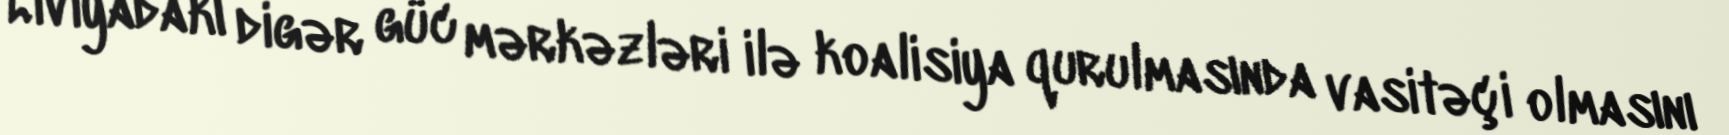
Liviyadakı digər güc mərkəzləri ilə koalisiya qurulmasında vasitəçi olmasını